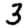
Digit: 3